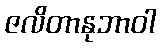
ဇလိတာနုဘာဝါ